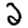
Digit: 2